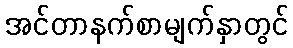
အင်တာနက်စာမျက်နှာတွင်